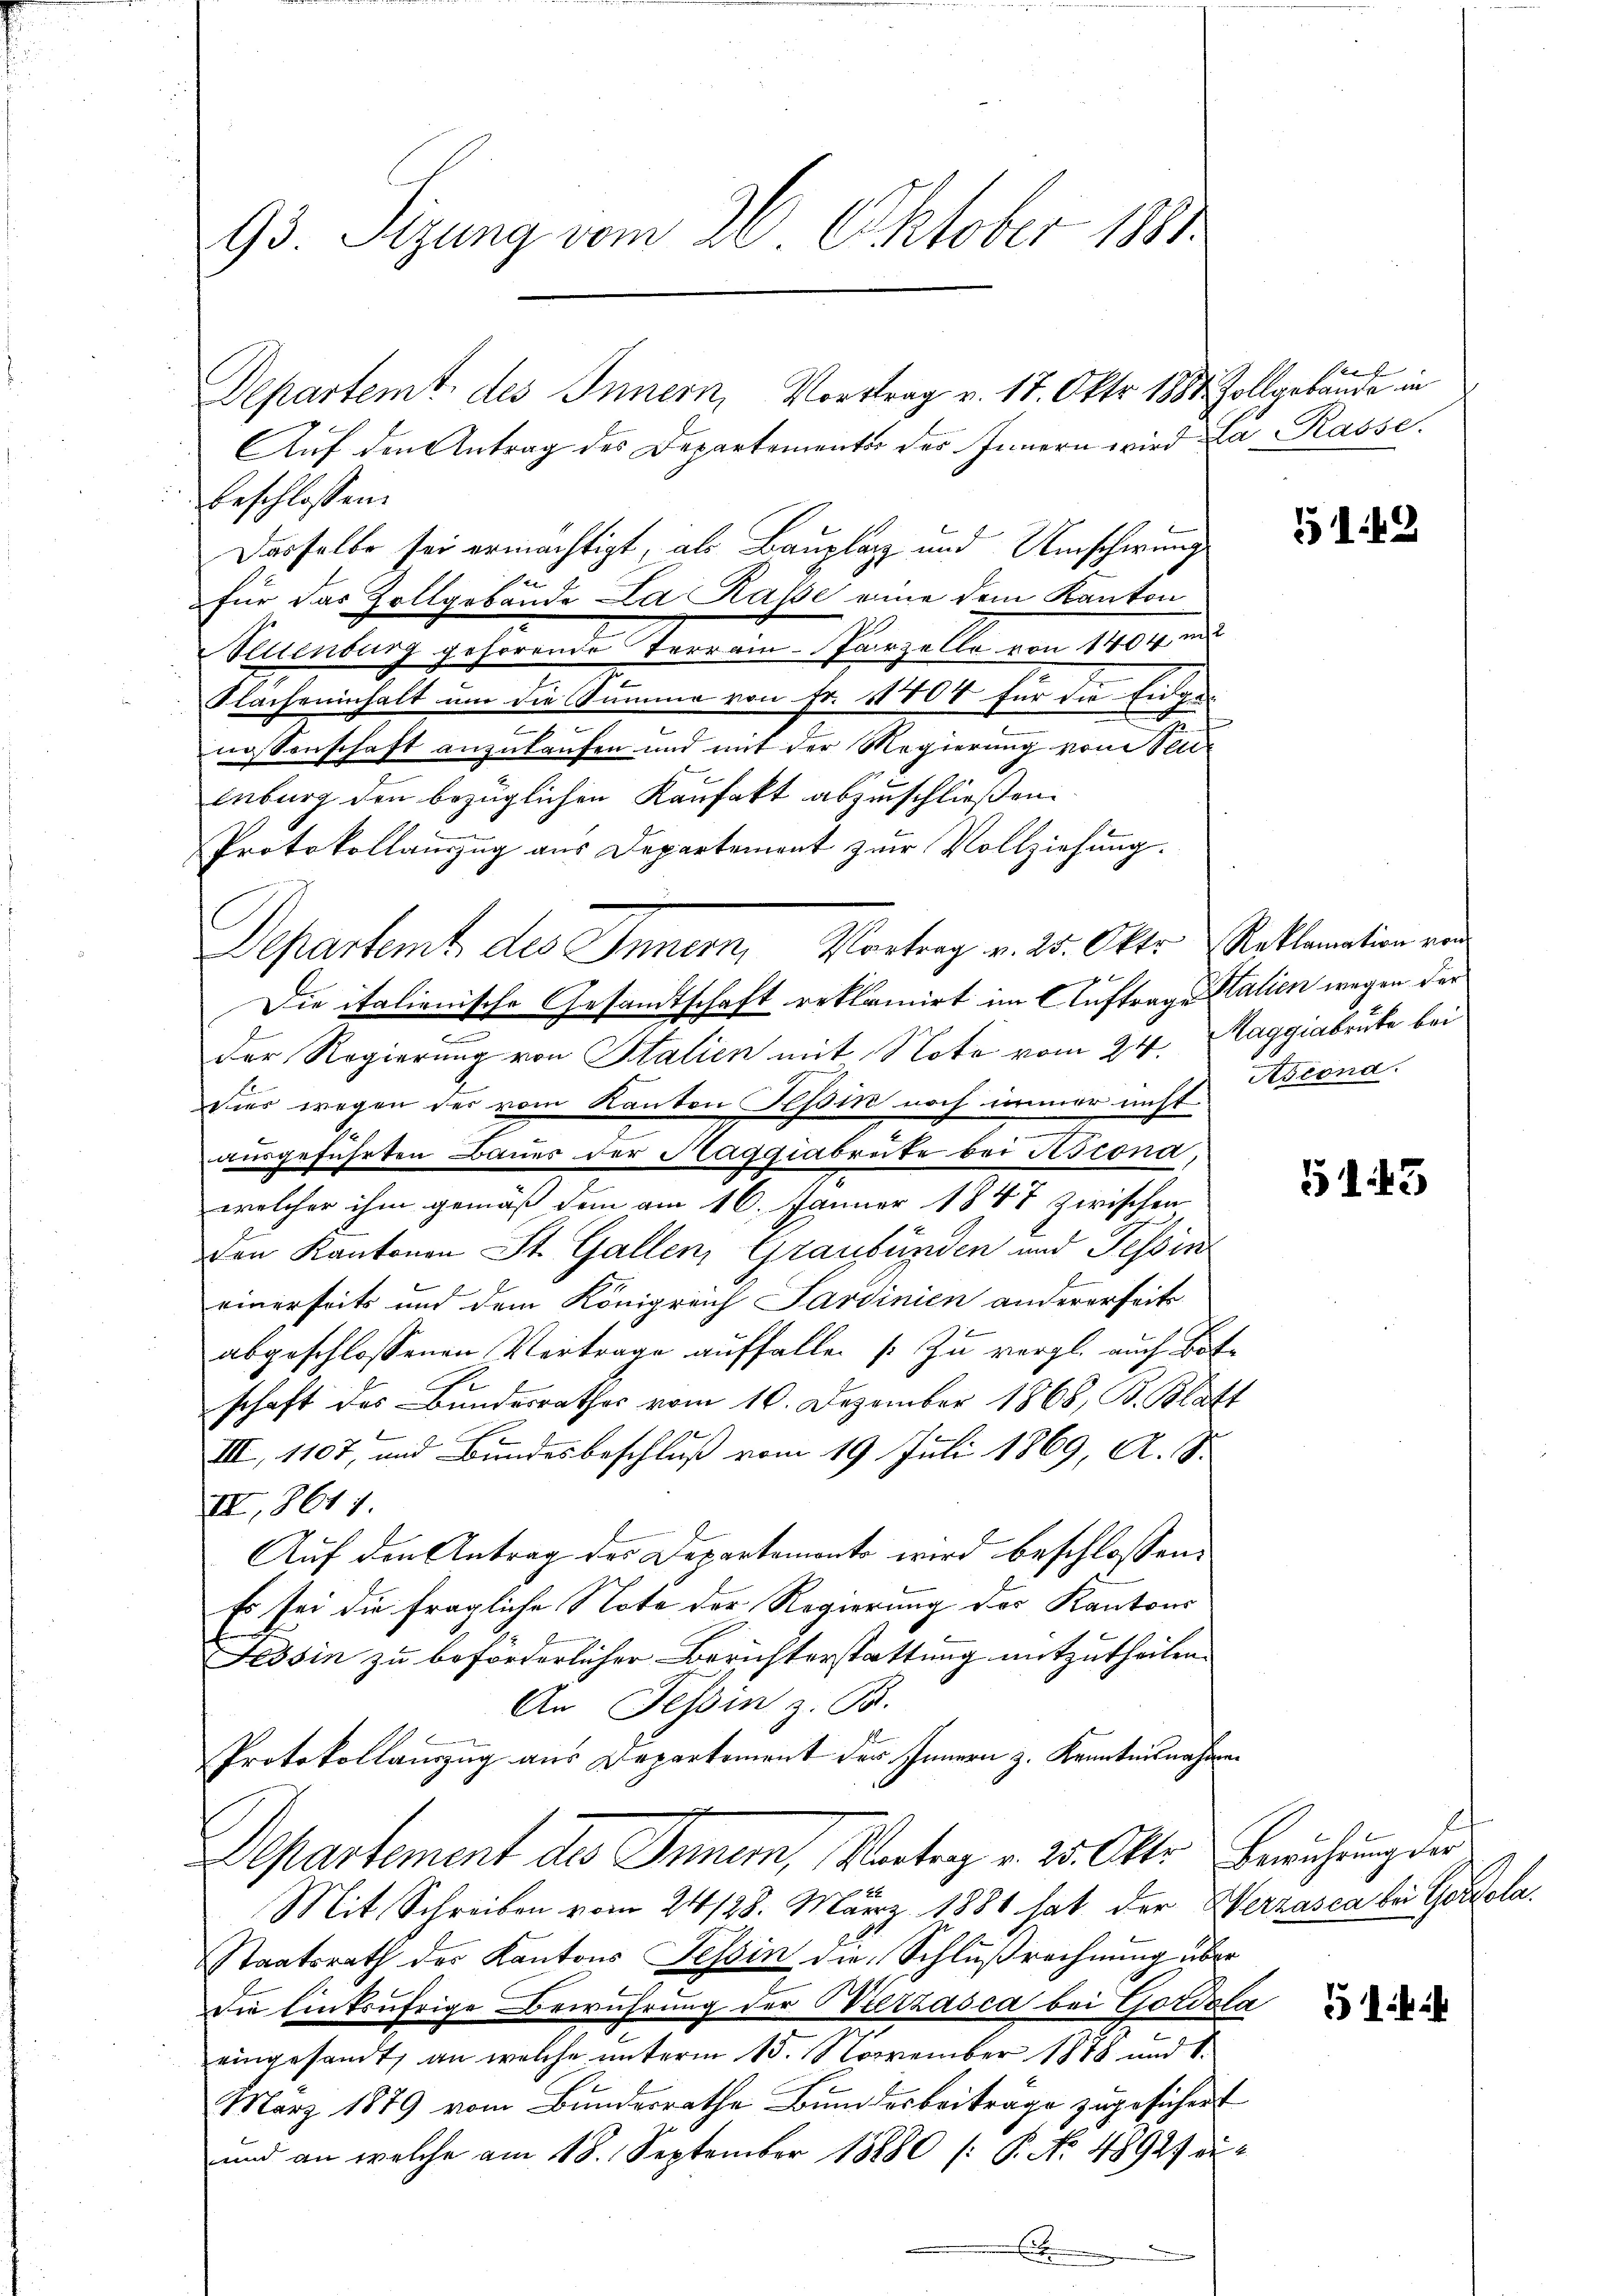
Aŭf den Antrag des Departemente des Innern wird da Rasse.
beschlossen:
Dasselbe sei ermächtigt, als Bauplatz und Umschwung
für das Zollgebäude La Kasse eine dem Kanton
Neuenburg gehörende Terrain-Parzelle von 1404 und
Flacheninhalt um die Summe von Fr. 11404 für die Eidge-
nossenschaft anzukaufen und mit der Regierung von Seuenburg den bezüglichen Kaufakt abzuschließen.
Protokollauszug aus Departement zur Vollziehung.
Departent des Innern, Vortrag v. 25. Otto. Reklamation ein
Die italienische Gesandtschaft reklamirt im Auftrage Stalien wegen der
e
der Regierung von Stalien mit Note vom 24. Maggiabruke bei
vier wegen der vom Kanton Tessin noch immer nicht Arcona.
ausgeführten Bauer der Raggiabrüte bei Aszona,
welcher ihm gemäß dem am 16. Januar 1847 zwischen
ven Kantonen St. Gallen, Graubünden und Tessin
einerseits und dem Königreich Sardinien andererseits
abgeschlossenen Vortrage auffallen [zu vergl. auch d
schaft des Bundesrathes vom 10. Dezember 1868, B. Blatt
III, 1107, und Bundesbeschluß vom 19. Juli 1869, A. S.
II,8617.
Auf den Antrag der Departemonts wird beschlossen:
Es sei die fragliche Note der Regierung des Kantons
Tessin zu beforderlicher Berichterstattung mitzutheilen.
An Tessin z. B.
Protokollanzug aus Departement der Innern z. Kenntnisnahmen
Departement des Inner, Vortrag v. 25. Otto. Berechung der
Mit Schreiben vom 24 128. März 1881 hat der Herzasca bei Georgela¬
Staatsrath der Kantons Tessin die Schlußrechnung über
Die linksufrige Bewuhrung der ietzasca bei Gordsla
eingesandt, an welche unterm 15. November 1848 und S.
März 1879 vom Bundesrathe Bundesbeiträge zugesichert
und an welche am 18. September 18880 /: P. No. 48927 au
E

93 Sizung vom 26. Oktober 1881

Departemt, des Innern, Vortrag v. 17. Okt. 1884 Zollgebäude in

suf

5149

e

G143